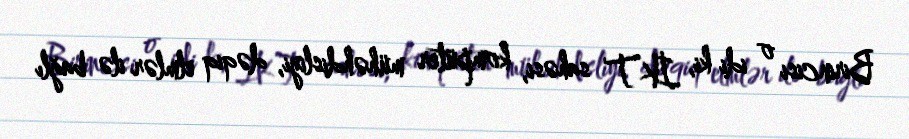
Birincisi o idi ki, İKT sahəsi, kompüter mühəhdisliyi, dəqiq elmlər ilə bağlı